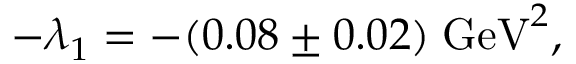
- \lambda _ { 1 } = - ( 0 . 0 8 \pm 0 . 0 2 ) \; \mathrm { G e V } ^ { 2 } ,